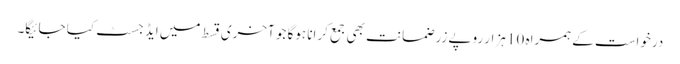
درخواست کے ہمراہ 10 ہزار روپے زر ضمانت بھی جمع کرانا ہوگا جو آخری قسط میں ایڈجسٹ کیا جائیگا۔